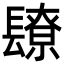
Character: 镽